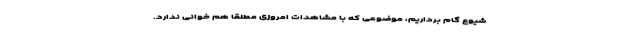
شیوع گام برداریم، موضوعی که با مشاهدات امروزی مطلقا هم خوانی ندارد.